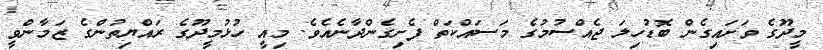
މީދޫގެ ވަށައިގެން ބޮޑުހިލަ ޖެއްސުމުގެ މަސައްކަތް ފެށިގެންދާނެއެވެ. މިއީ ހުޅުމީދޫގެ ރައްޔިތުންގެ ޒަމާންވީ